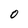
Character: O